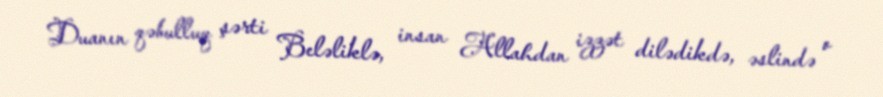
Duanın qəbulluq şərti Beləliklə, insan Allahdan izzət dilədikdə, əslində o